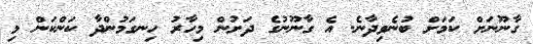
ގާނޫނަށް ކަމަށް ބުނެވިދާނެ. އެ ގާނޫނުގެ ދަށުން މިހާރު ހިނގަމުންދާ ކަންކަން މި